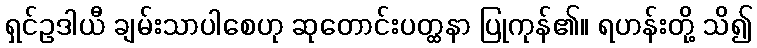
ရှင်ဥဒါယီ ချမ်းသာပါစေဟု ဆုတောင်းပတ္ထနာ ပြုကုန်၏။ ရဟန်းတို့ သိ၍